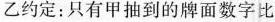
乙约定：只有甲抽到的牌面数字比